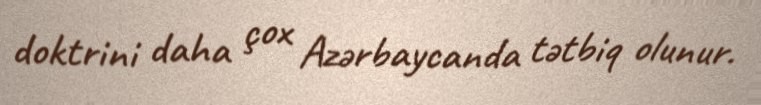
doktrini daha çox Azərbaycanda tətbiq olunur.